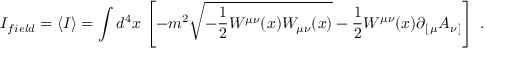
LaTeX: I _ { f i e l d } = \langle I \rangle = \int d ^ { 4 } x \, \left[ - m ^ { 2 } \sqrt { - { \frac { 1 } { 2 } } W ^ { \mu \nu } ( x ) W _ { \mu \nu } ( x ) } - { \frac { 1 } { 2 } } W ^ { \mu \nu } ( x ) \partial _ { [ \, \mu } A _ { \nu \, ] } \right] \ .